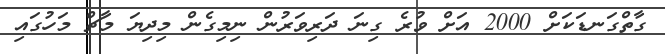
ގާތްގަނޑަކަށް 2000 އަށް ވުރެ ގިނަ ދަރިވަރުން ނިމިގެން މިދިޔަ މާޗް މަހުގައި